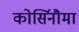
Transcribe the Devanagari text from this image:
कोर्सिनौमा